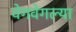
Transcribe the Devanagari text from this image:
वेगवेगल्या